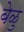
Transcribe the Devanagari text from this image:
बेळु